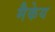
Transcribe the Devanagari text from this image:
मैकेय